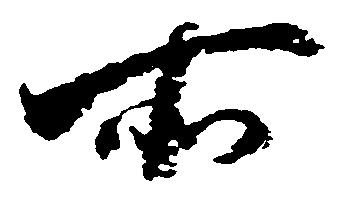
所